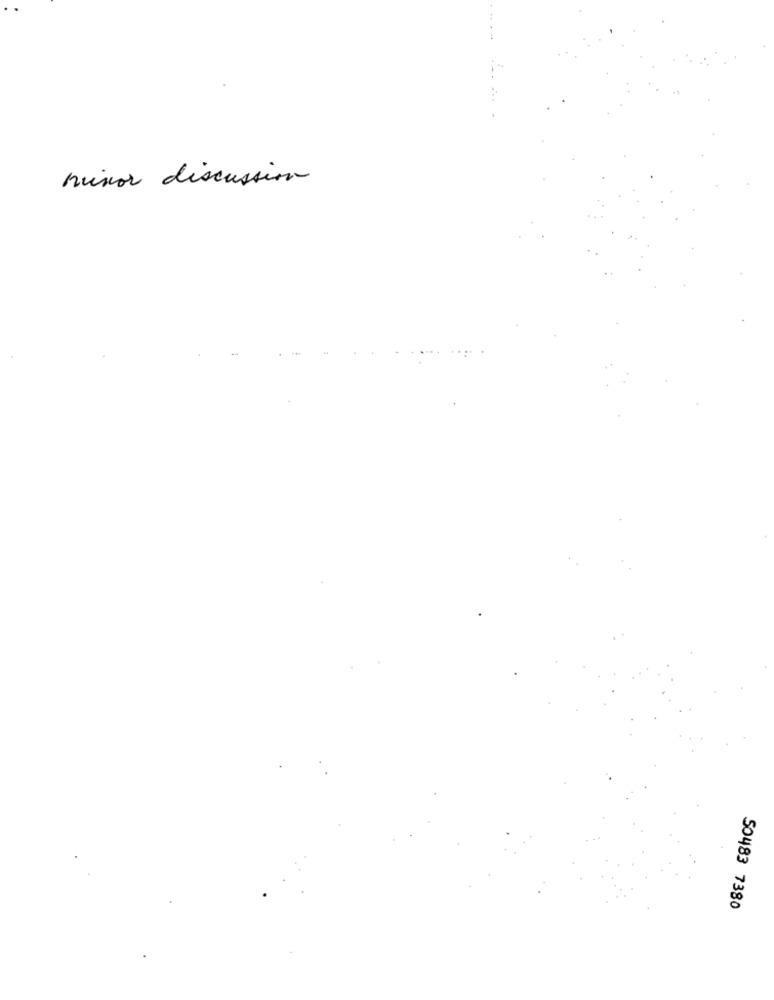
minor discussion
50483 7380